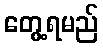
တွေ့ရမည်